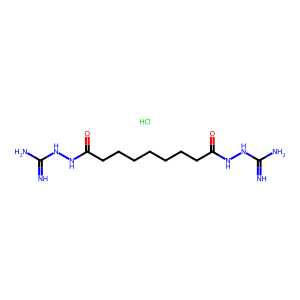
SMILES: Cl.N=C(N)NNC(=O)CCCCCCCC(=O)NNC(=N)N
Inhibits HIV replication: No